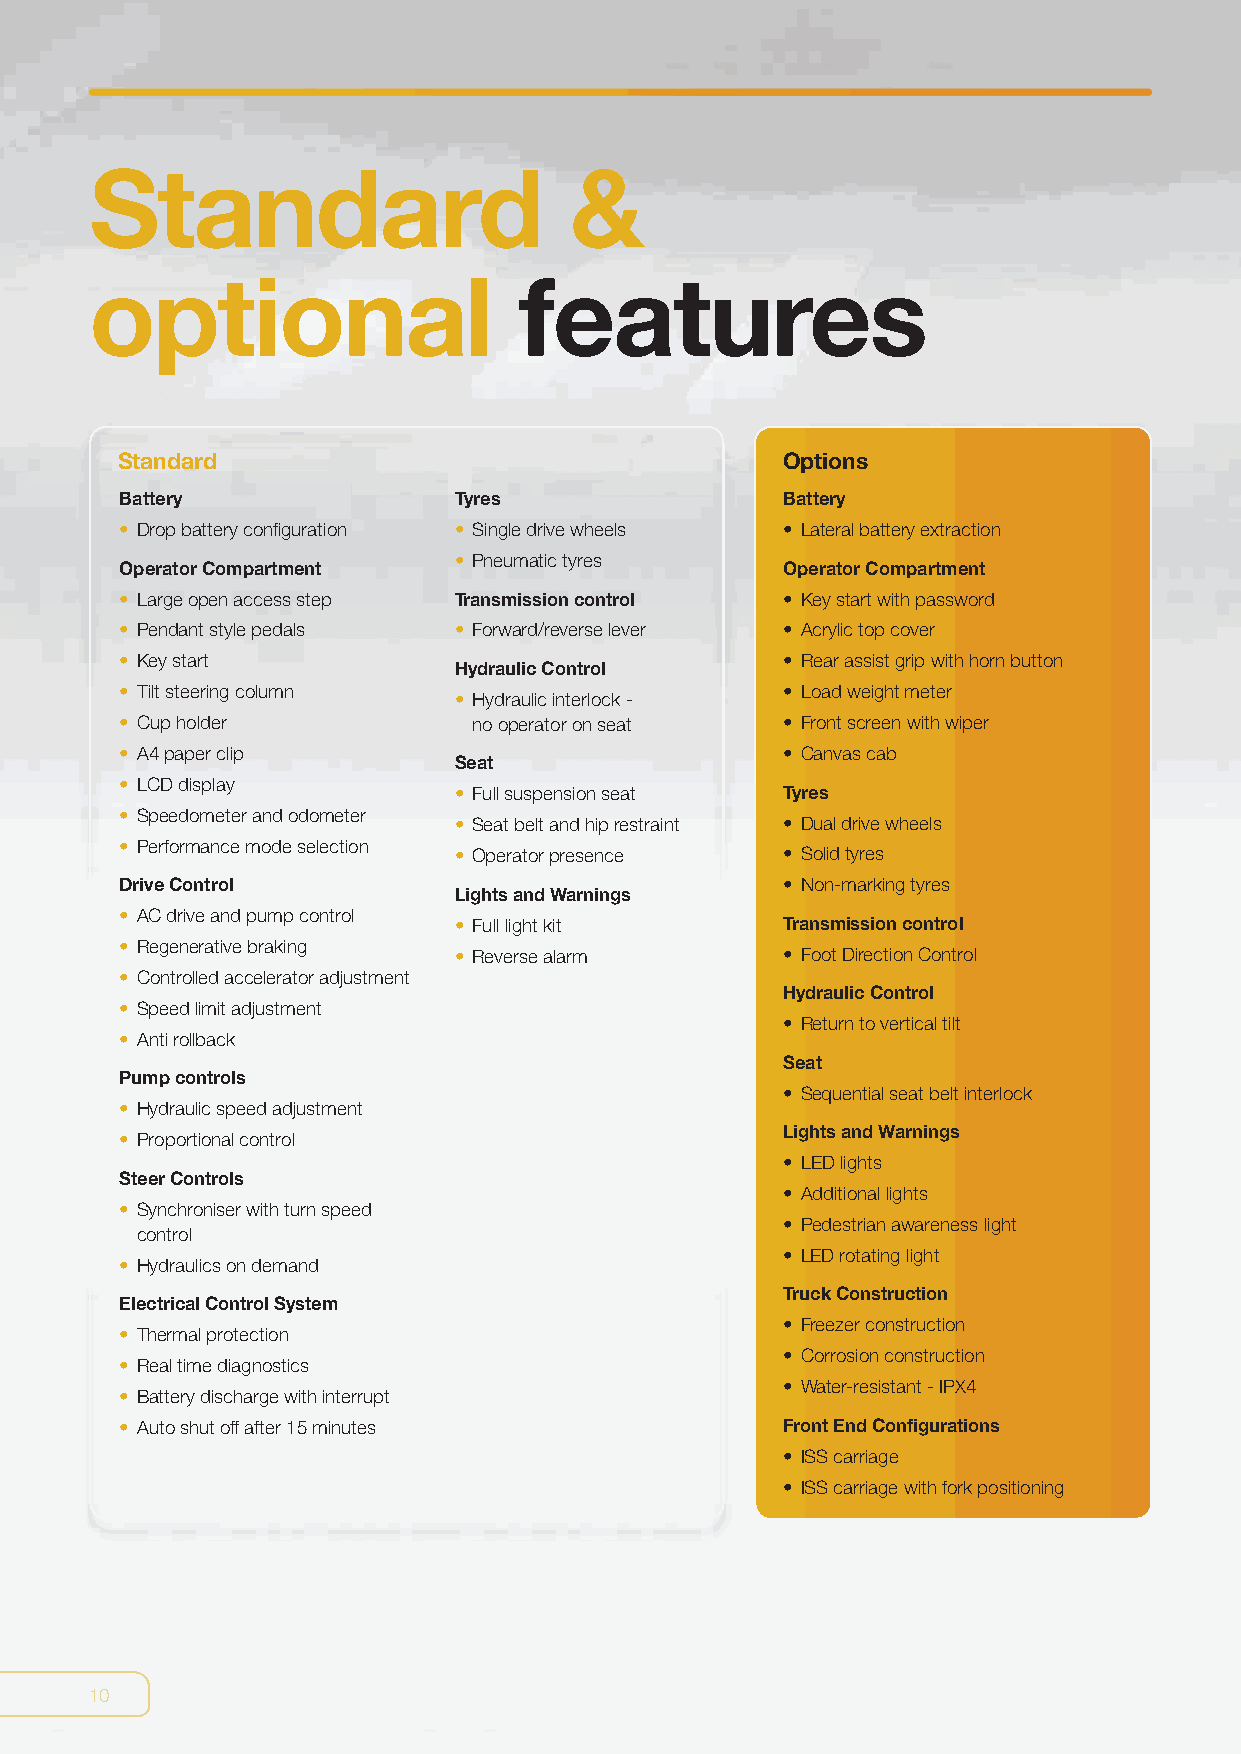
Standard                        &
 optional                    features
 Standard                                    Options
 Battery               Tyres                 Battery
 • Drop battery configuration • Single drive wheels • Lateral battery extraction
 • Pneumatic tyres
 Operator Compartment                        Operator Compartment
 • Large open access step Transmission control • Key start with password
 • Pendant style pedals • Forward/reverse lever • Acrylic top cover
 • Key start                                 • Rear assist grip with horn button
 Hydraulic Control
 • Tilt steering column                      • Load weight meter
 • Hydraulic interlock -
 • Cup holder           no operator on seat  • Front screen with wiper
 • A4 paper clip                             • Canvas cab
 Seat
 • LCD display
 • Full suspension seat Tyres
 • Speedometer and odometer
 • Seat belt and hip restraint • Dual drive wheels
 • Performance mode selection
 • Operator presence   • Solid tyres
 Drive Control                               • Non-marking tyres
 Lights and Warnings
 • AC drive and pump control
 • Full light kit      Transmission control
 • Regenerative braking
 • Reverse alarm       • Foot Direction Control
 • Controlled accelerator adjustment
 Hydraulic Control
 • Speed limit adjustment
 • Return to vertical tilt
 • Anti rollback
 Seat
 Pump controls
 • Sequential seat belt interlock
 • Hydraulic speed adjustment
 Lights and Warnings
 • Proportional control
 • LED lights
 Steer Controls
 • Additional lights
 • Synchroniser with turn speed
 • Pedestrian awareness light
 control
 • LED rotating light
 • Hydraulics on demand
 Truck Construction
 Electrical Control System
 • Freezer construction
 • Thermal protection
 • Corrosion construction
 • Real time diagnostics
 • Water-resistant - IPX4
 • Battery discharge with interrupt
 • Auto shut off after 15 minutes            Front End Configurations
 • ISS carriage
 • ISS carriage with fork positioning
 10